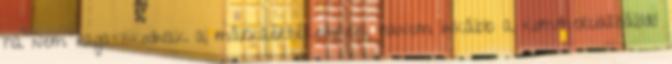
ha nem ragaszkodnak a márkaértékeikhez, hanem inkább a kommercializálódó